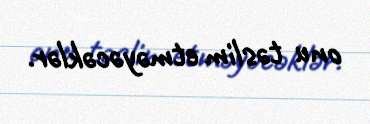
onu təslim etməyəcəklər.